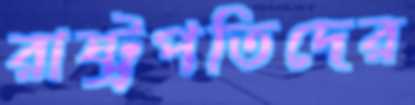
রাষ্ট্রপতিদের